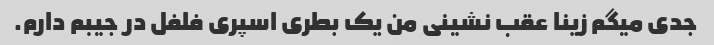
جدی میگم زینا عقب نشینی من یک بطری اسپری فلفل در جیبم دارم.